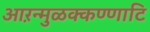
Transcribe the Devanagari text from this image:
आऱन्मुळक्कण्णाटि